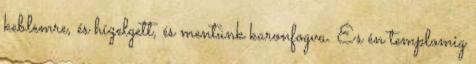
keblemre, és hízelgett, és mentünk karonfogva. És én templomig